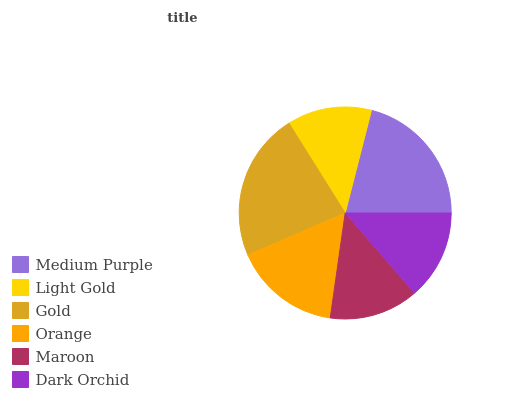
| Medium Purple | Light Gold | Gold | Orange | Maroon | Dark Orchid |
 | --- | --- | --- | --- | --- | --- |
 | 21% | 12.9% | 22.6% | 16.2% | 13.6% | 13.6% |